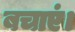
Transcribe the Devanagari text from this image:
बचाएं।